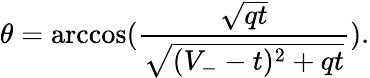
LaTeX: \theta=\operatorname{arccos}(\frac{\sqrt{qt}}{\sqrt{(V_{-}-t)^{2}+qt}}).